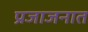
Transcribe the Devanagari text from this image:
प्रजाजनात